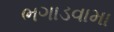
ભગાડવામા